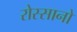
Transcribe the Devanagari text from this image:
रोस्सानो